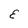
Character: E